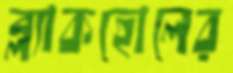
ব্ল্যাকহোলের